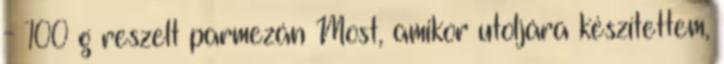
- 100 g reszelt parmezán Most, amikor utoljára készítettem,